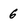
Character: 6